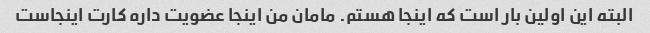
البته این اولین بار است که اینجا هستم. مامان من اینجا عضویت داره کارت اینجاست